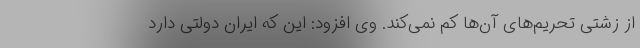
از زشتی تحریم‌های آن‌ها کم نمی‌کند. وی افزود: این که ایران دولتی دارد